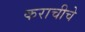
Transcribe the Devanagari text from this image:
कराचीचे